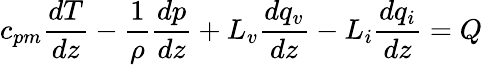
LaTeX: c_{pm}\frac{dT}{dz}-\frac{1}{\rho}\frac{dp}{dz}+L_{v}\frac{dq_{v}}{dz}-L_{i}\frac{dq_{i}}{dz}=Q